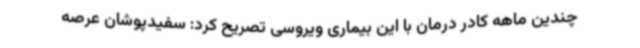
چندین ماهه کادر درمان با این بیماری ویروسی تصریح کرد: سفیدپوشان عرصه